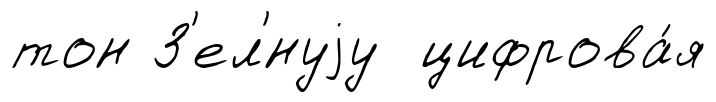
тон З'ел'́нуjу цифрова́я